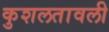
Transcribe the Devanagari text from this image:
कुशलतावली